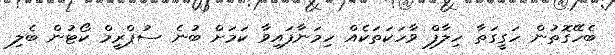
ބެހޭގޮތުން ހަގީގަތާ ހިލާފް ވާހަކަތަކެއް ހިމަނާފައިވާ ކަމަށް ބުނެ ސުޕްރީމް ކޯޓުން ބެލި